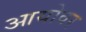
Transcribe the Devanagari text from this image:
आयोवर